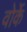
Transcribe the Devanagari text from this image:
वोर्के